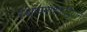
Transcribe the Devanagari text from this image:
स्थापनाश्वादियानं